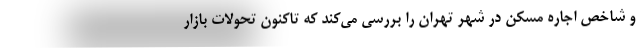
و شاخص اجاره مسکن در شهر تهران را بررسی می‌کند که تاکنون تحولات بازار